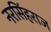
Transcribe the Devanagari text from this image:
नरसिंहराज